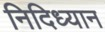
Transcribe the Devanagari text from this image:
निदिध्यान